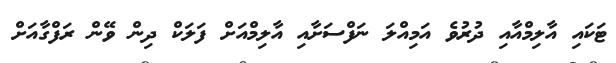
ޓަކައި އާލިމްއާއި ދުރުވެ އަމިއްލަ ނަފްސަށާއި އާލިމްއަށް ފަލަކް ދިން ވޭން ރަފްގާއަށް